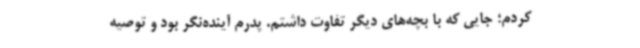
‌کردم؛ جایی که با بچه‌های دیگر تفاوت داشتم. پدرم آینده‌نگر بود و توصیه